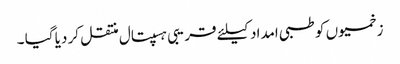
زخمیوں کو طبی امداد کیلئے قریبی ہسپتال منتقل کر دیا گیا ۔